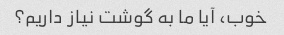
خوب، آیا ما به گوشت نیاز داریم؟